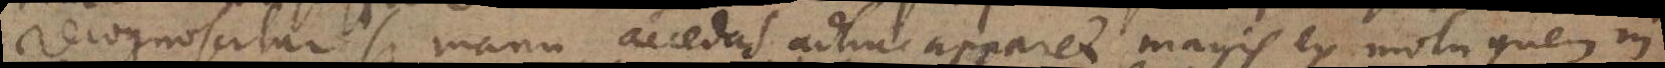
recognoscitur si manu accedas, adhuc apparet magis ex motu quem in